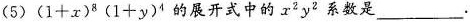
(5) ( 1 + x ) ^ { 8 } ( 1 + y ) ^ { 4 }的展开式中的 x^{2}y^{2}系数是___.